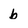
Character: b